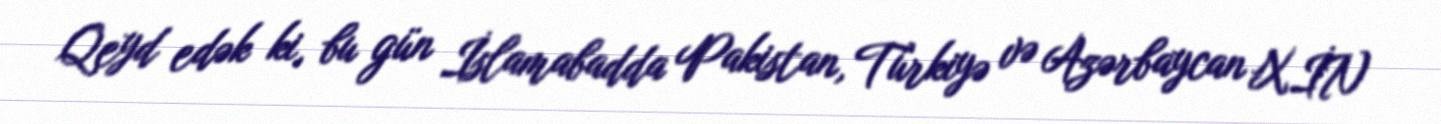
Qeyd edək ki, bu gün İslamabadda Pakistan, Türkiyə və Azərbaycan XİN